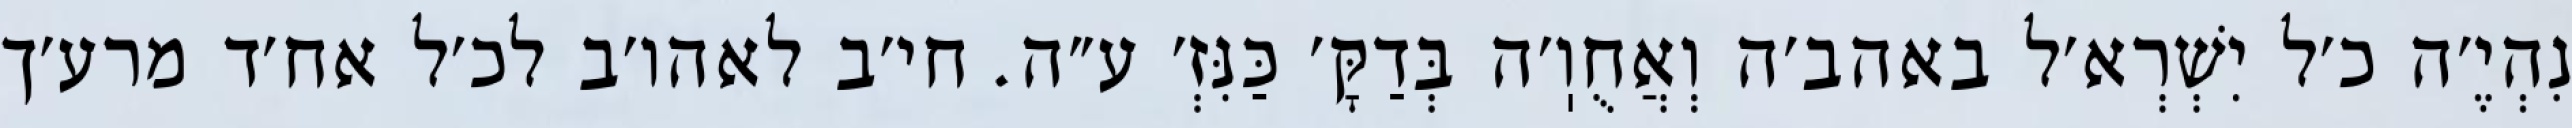
נִהְיֶ׳ה כ׳ל יִשְׁרְא׳ל באהב׳ה וְאֲחֻוֽ׳ה בְּדַקָּ׳ כַּנִּזְ׳ ע״ה. חי׳ב לאהו׳ב לכ׳ל אח׳ד מרע׳ך